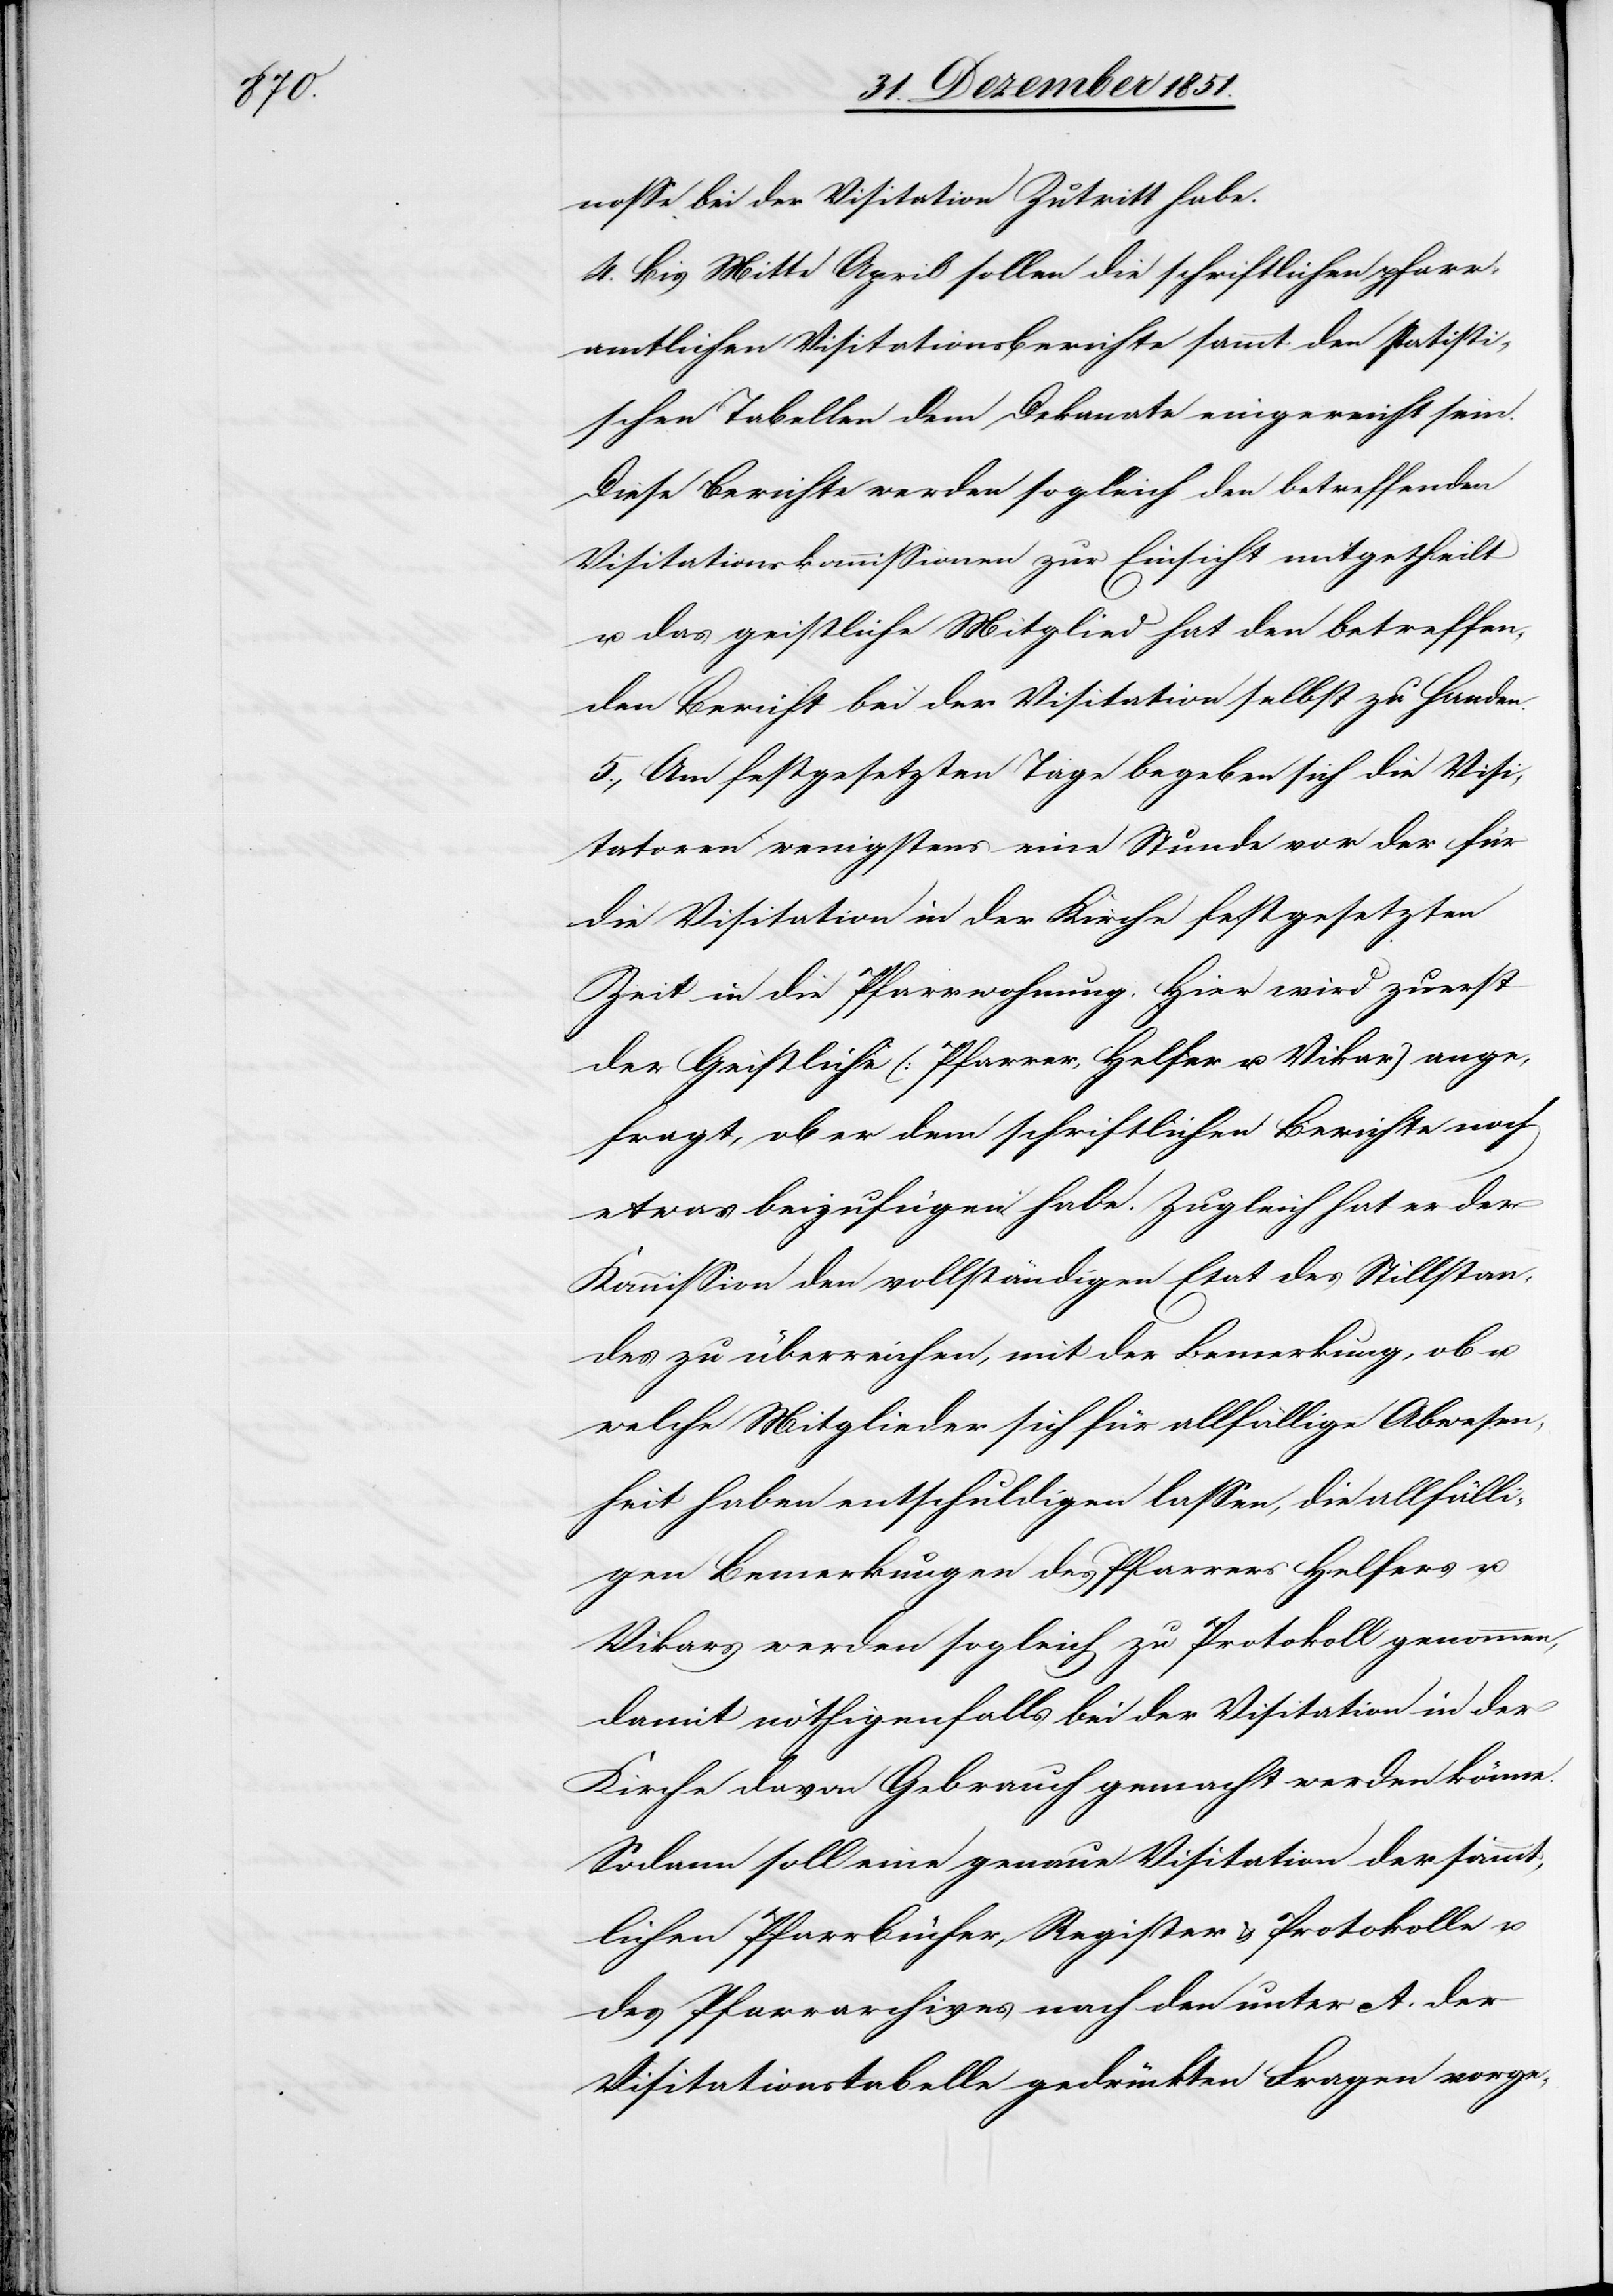
nosse bei der Visitation Zutritt habe.
4. Bis Mitte April sollen die schriftlichen pfarr¬
amtlichen Visitationsberichte sammt den statisti¬
schen Tabellen dem Dekanate eingereicht sein.
Diese Berichte werden sogleich den betreffenden
Visitationskommissionen zur Einsicht mitgetheilt
u. das geistliche Mitglied hat den betreffen¬
den Bericht bei der Visitation selbst zu Handen.
5., Am festgesetzten Tage begeben sich die Visi¬
tatoren wenigstens eine Stunde vor der für
die Visitation in der Kirche festgesetzten
Zeit in die Pfarrwohnung. Hier wird zuerst
der Geistliche (Pfarrer, Helfer u. Vikar) ange¬
fragt, ob er dem schriftlichen Berichte noch
etwas beizufügen habe. Zugleich hat er der
Kommission den vollständigen Etat des Stillstan¬
des zu überreichen, mit der Bemerkung, ob u.
welche Mitglieder sich für allfällige Abwesen¬
heit haben entschuldigen lassen, die allfälli¬
gen Bemerkungen des Pfarrers[,] Helfers u.
Vikars werden sogleich zu Protokoll genommen,
damit nöthigenfalls bei der Visitation in der
Kirche davon Gebrauch gemacht werden könne.
Sodann soll eine genaue Visitation der sämmt¬
lichen Pfarrbücher, Register & Protokolle u.
des Pfarrarchives nach den unter A. der
Visitationstabelle gedrückten Fragen vorge-